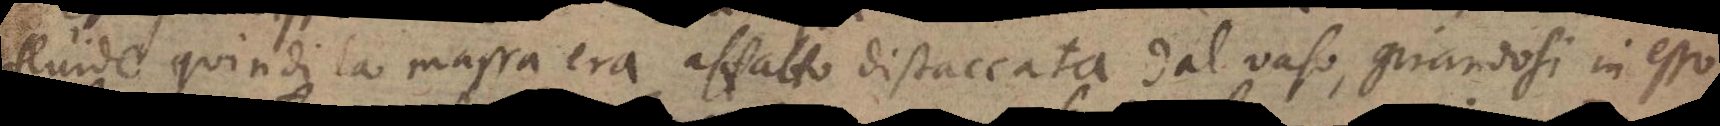
fluide quindi la massa era affatto distaccata dal vaso, girandosi in esso